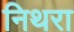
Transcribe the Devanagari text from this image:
निथरा